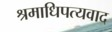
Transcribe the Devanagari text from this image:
श्रमाधिपत्यवाद